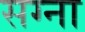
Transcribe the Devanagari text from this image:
सग्ना